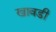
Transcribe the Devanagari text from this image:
खावडी